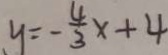
y = - \frac { 4 } { 3 } x + 4